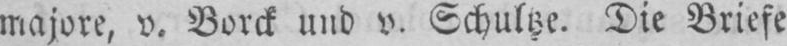
Die Briefe